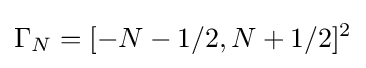
\Gamma _{N}=[-N-1/2,N+1/2]^{2}